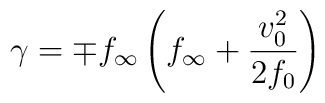
\gamma = \mp f_{\infty} \left( f_{\infty} + {v_0 ^2 \over 2 f_0} \right)